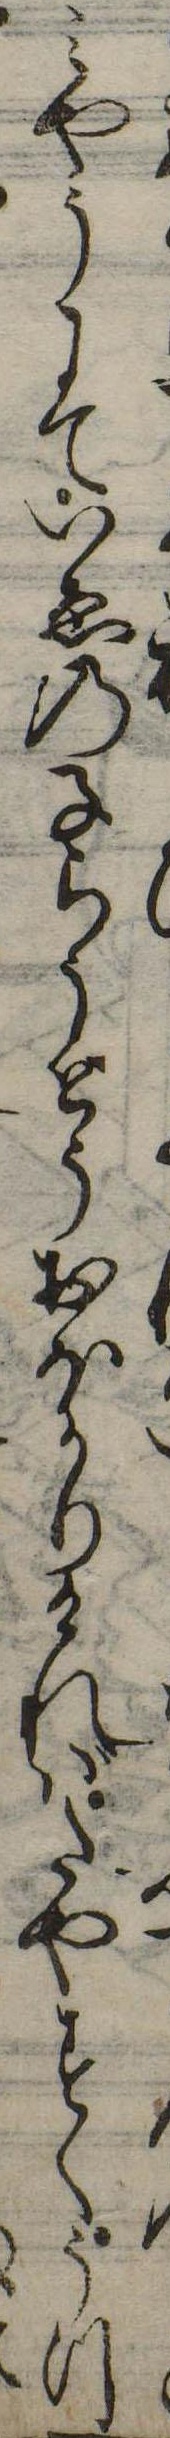
みやうにていゑの子らうどうおほかりければたやすくうつ